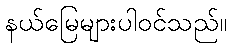
နယ်မြေများပါဝင်သည်။